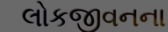
લોકજીવનના